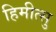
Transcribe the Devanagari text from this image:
हिमीत्सु